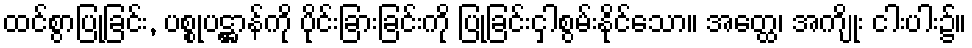
ထင်စွာပြုခြင်း, ပစ္စုပဋ္ဌာန်ကို ပိုင်းခြားခြင်းကို ပြုခြင်းငှါစွမ်းနိုင်သော။ အတ္ထေ၊ အကျိုး ငါးပါး၌။